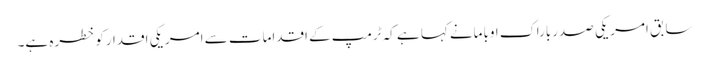
سابق امریکی صدرباراک اوبامانے کہا ہے کہ ٹرمپ کے اقدامات سے امریکی اقدارکوخطرہ ہے۔